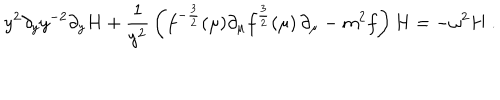
LaTeX: y ^ { 2 } \partial _ { y } y ^ { - 2 } \partial _ { y } H + { \frac { 1 } { y ^ { 2 } } } \left( f ^ { - { \frac { 3 } { 2 } } } ( \mu ) \partial _ { \mu } f ^ { { \frac { 3 } { 2 } } } ( \mu ) \, \partial _ { \mu } - m ^ { 2 } f \right) H = - \omega ^ { 2 } H \ .